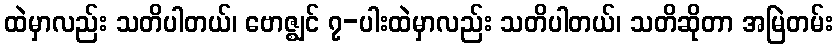
ထဲမှာလည်း သတိပါတယ်၊ ဗောဇ္ဈင် ၇-ပါးထဲမှာလည်း သတိပါတယ်၊ သတိဆိုတာ အမြဲတမ်း